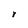
Character: r